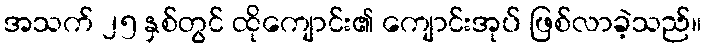
အသက် ၂၅ နှစ်တွင် ထိုကျောင်း၏ ကျောင်းအုပ် ဖြစ်လာခဲ့သည်။